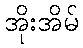
အိုးအိမ်